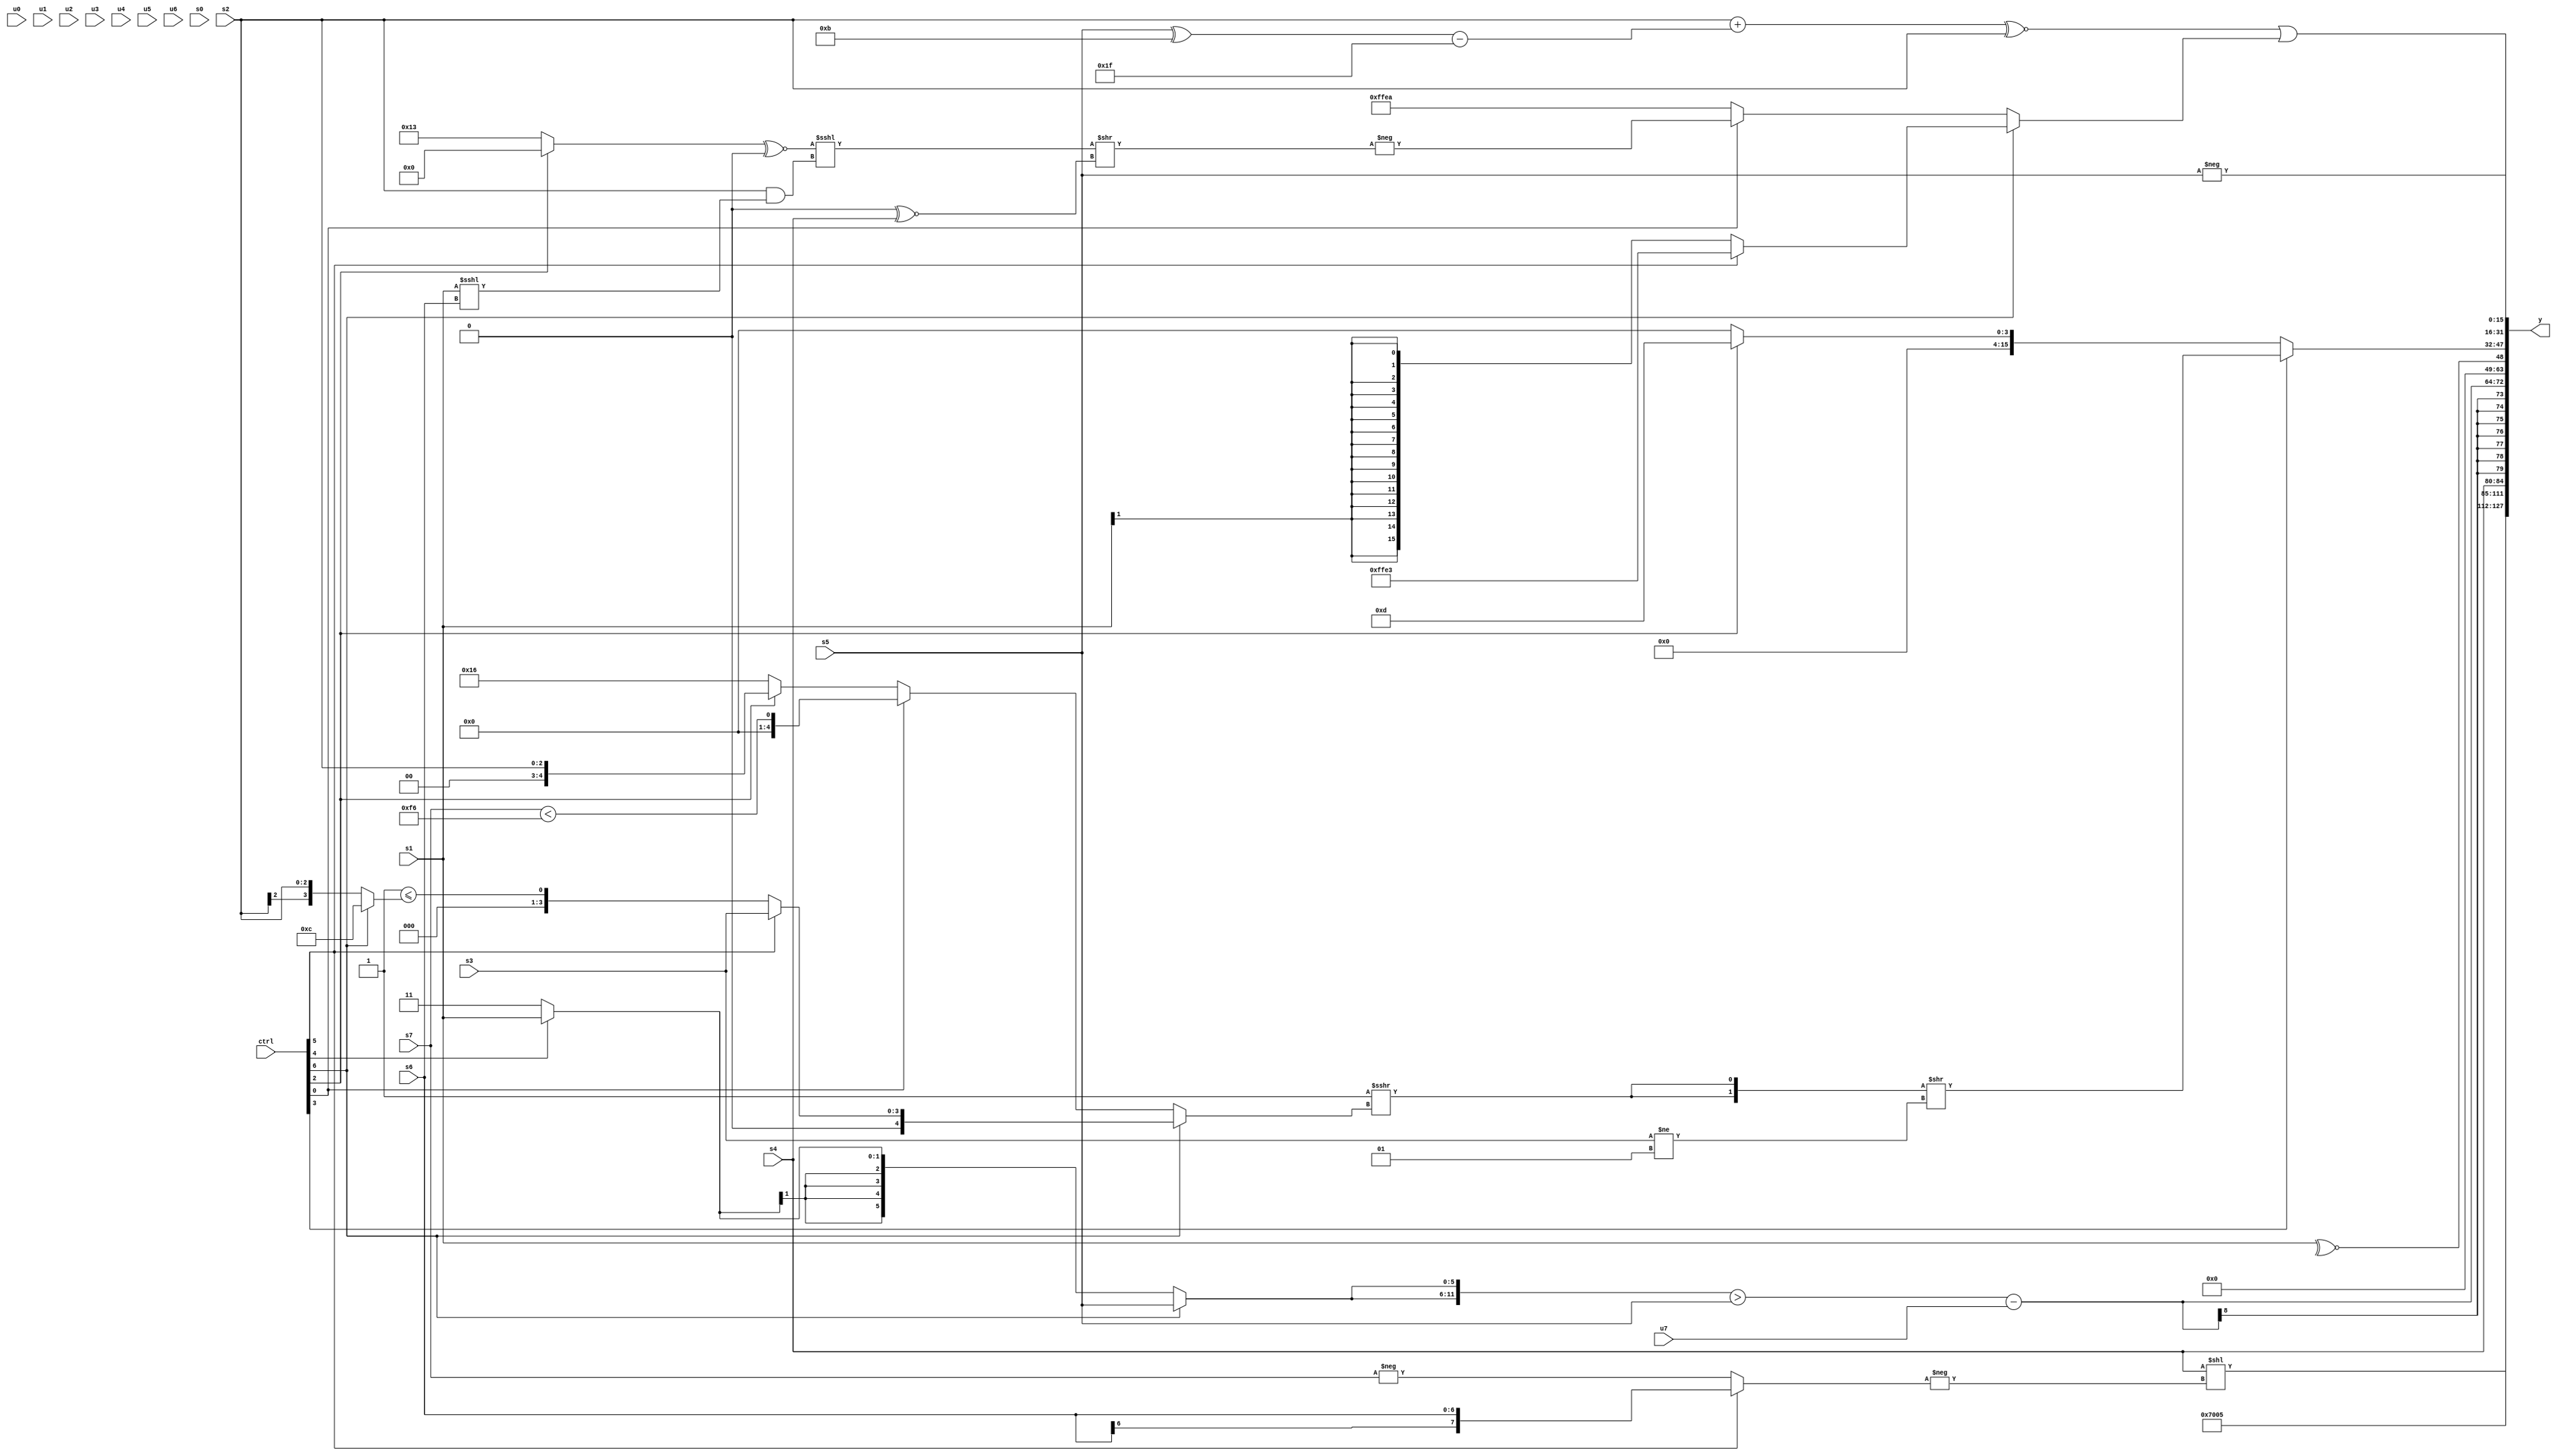
module wideexpr_00413(ctrl, u0, u1, u2, u3, u4, u5, u6, u7, s0, s1, s2, s3, s4, s5, s6, s7, y);
  input [7:0] ctrl;
  input [0:0] u0;
  input [1:0] u1;
  input [2:0] u2;
  input [3:0] u3;
  input [4:0] u4;
  input [5:0] u5;
  input [6:0] u6;
  input [7:0] u7;
  input signed [0:0] s0;
  input signed [1:0] s1;
  input signed [2:0] s2;
  input signed [3:0] s3;
  input signed [4:0] s4;
  input signed [5:0] s5;
  input signed [6:0] s6;
  input signed [7:0] s7;
  output [127:0] y;
  wire [15:0] y0;
  wire [15:0] y1;
  wire [15:0] y2;
  wire [15:0] y3;
  wire [15:0] y4;
  wire [15:0] y5;
  wire [15:0] y6;
  wire [15:0] y7;
  assign y = {y0,y1,y2,y3,y4,y5,y6,y7};
  assign y0 = (s4)<<($signed(-((ctrl[5]?+(s6):-(s7)))));
  assign y1 = 5'sb01110;
  assign y2 = {3'sb101,+(s4)};
  assign y3 = ($signed((({2{(ctrl[6]?s5:(ctrl[4]?s1:2'sb11))}})>(s5))|((6'b010001)<<(5'sb01111))))-(u7);
  assign y4 = ~^($signed((ctrl[7]?s1:s1)));
  assign y5 = (ctrl[3]?({2{(1'sb0)^((-(^(3'sb111)))>>>((ctrl[6]?(ctrl[5]?$unsigned($signed(s3)):($signed(3'sb111))<=((ctrl[6]?4'sb1100:s2))):(ctrl[0]?(s7)<(-(5'b01010)):(ctrl[2]?{1{s2}}:6'sb010110)))))}})>>((s3)!=(2'sb01)):(ctrl[2]?$signed(5'sb01101):(u6)<<<((5'sb10011)^~(-(2'sb01)))));
  assign y6 = -(s5);
  assign y7 = (((s2)+(((s5)^(4'sb1011))-(6'sb011111)))^~(s2))|((ctrl[6]?(ctrl[5]?6'sb100011:(s1)>>>(6'sb100001)):(ctrl[0]?-(((((ctrl[2]?4'sb0000:5'sb10011))^~($signed(1'b0)))<<<((s2)&((s1)<<<(s6))))>>(((6'sb100011)&($signed(3'b000)))^~(s4))):$signed(6'sb101010))));
endmodule